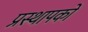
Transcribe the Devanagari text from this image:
प्रस्थापकों